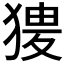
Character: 𤟺